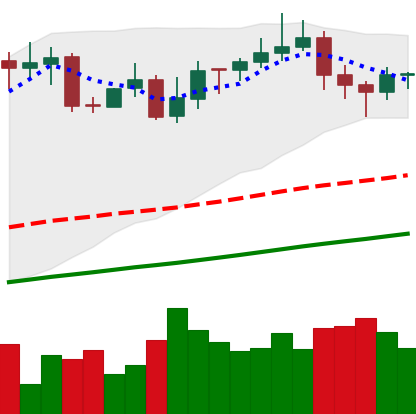
Ticker: XMR-USD
Chart end date: 2020-11-01
Forward return: -5.59%
Label: down_5_7